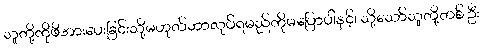
သူတို့ကိုဖိအားပေးခြင်းသို့မဟုတ်ဘာလုပ်ရမည်ကိုမပြောပါနှင့်၊ သို့သော်သူတို့တစ် ဦး